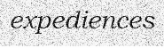
expediences